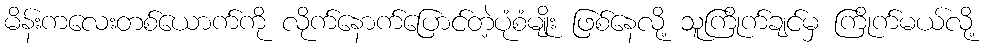
မိန်းကလေးတစ်ယောက်ကို လိုက်နောက်ပြောင်တဲ့ပုံစံမျိုး ဖြစ်နေလို့ သူကြိုက်ချင်မှ ကြိုက်မယ်လို့